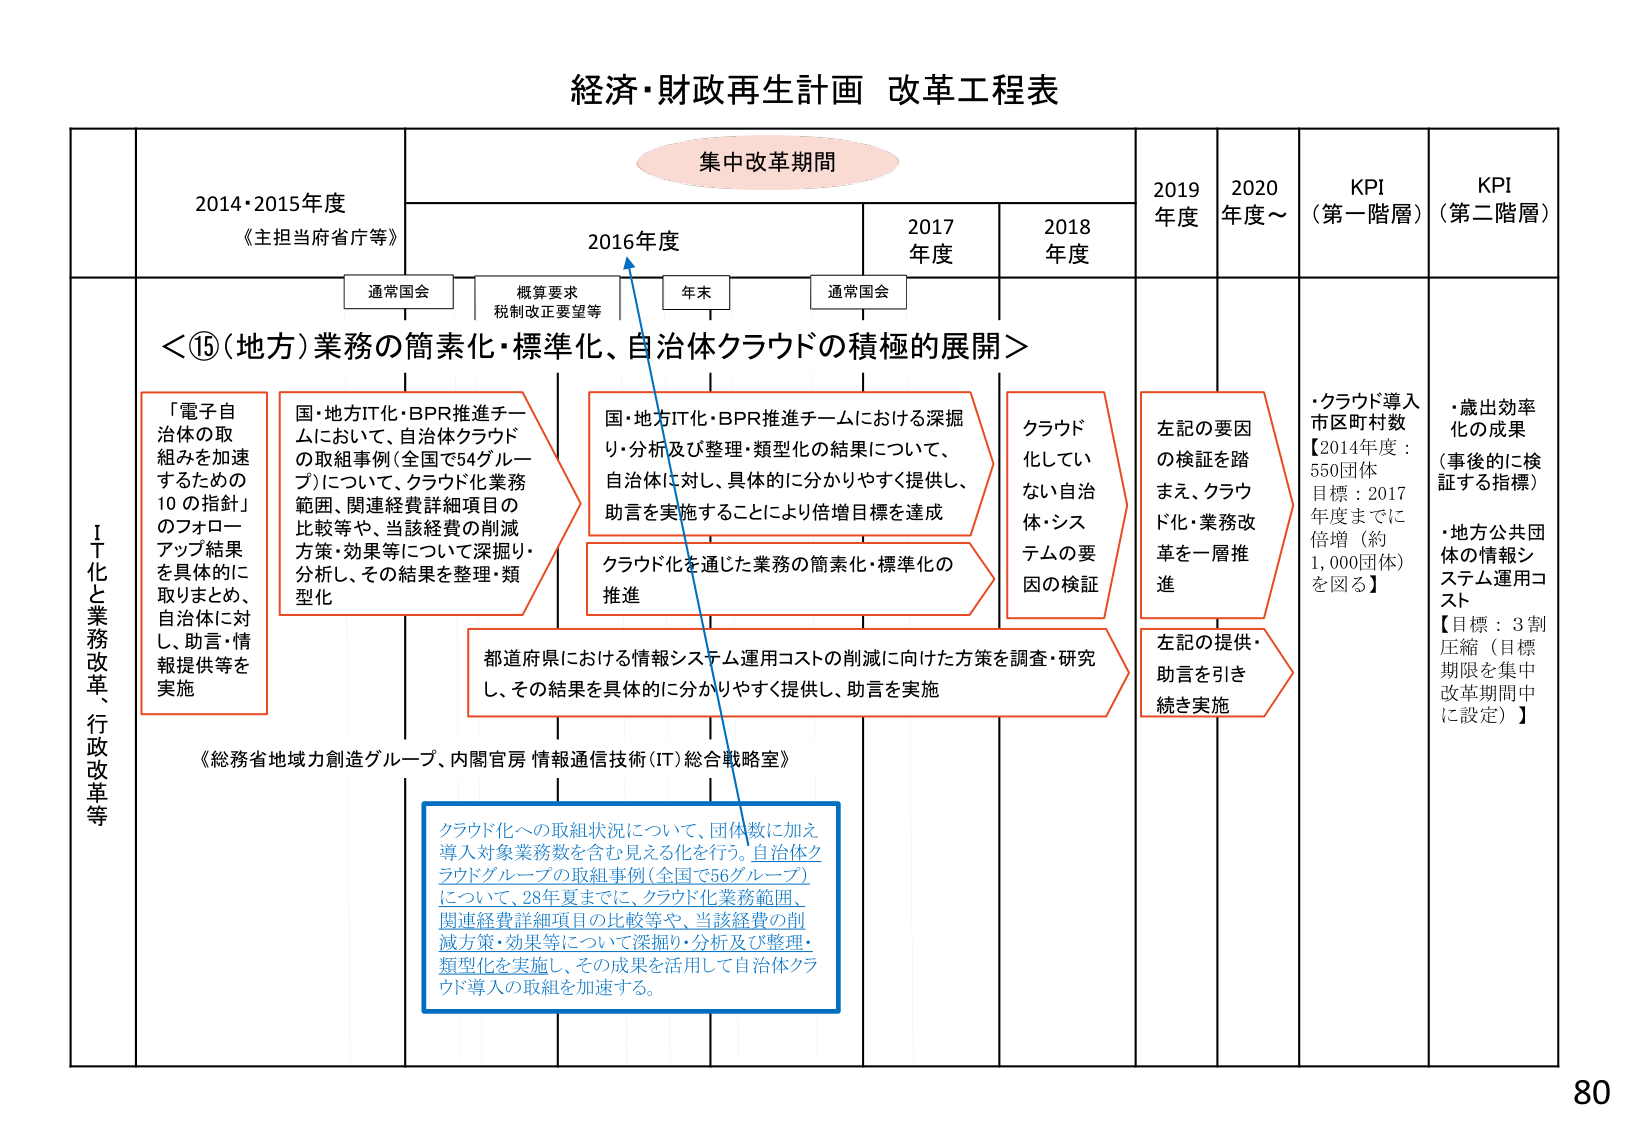
経済・財政再生計画 改革工程表

集中改革期間

2014・2015年度
《主担当府省庁等》

2016年度

2017年度

2018年度

2019年度

2020年度～

KPI（第一階層）

KPI（第二階層）

通常国会

概算要求
税制改正要望等

年末

通常国会

＜⑮（地方）業務の簡素化・標準化、自治体クラウドの積極的展開＞

「電子自治体の取組みを加速するための10の指針」のフォローアップ結果を具体的に取りまとめ、自治体に対し、助言・情報提供等を実施

国・地方IT化・BPR推進チームにおいて、自治体クラウドの取組事例（全国で54グループ）について、クラウド化業務範囲、関連経費詳細項目の比較等や、当該経費の削減方策・効果等について深掘り・分析・その結果を整理・類型化

国・地方IT化・BPR推進チームにおける深掘り・分析及び整理・類型化の結果について、自治体に対し、具体的に分かりやすく提供し、助言を実施することにより倍増目標を達成

クラウド化を通じた業務の簡素化・標準化の推進

クラウド化していない自治体・システムの要因の検証

左記の要因の検証を踏まえ、クラウド化・業務改革を一層推進

左記の提供・助言を引き続き実施

・クラウド導入市区町村数
【2014年度：550団体
目標：2017年度までに倍増（約1,000団体）を図る】

・歳出効率化の成果（事後に検証する指標）
・地方公共団体の情報システム運用コスト
【目標：3割圧縮（目標期限を集中改革期間中に設定）】

都道府県における情報システム運用コストの削減に向けた方策を調査・研究し、その結果を具体的に分かりやすく提供し、助言を実施

《総務省地域力創造グループ、内閣官房 情報通信技術（IT）総合戦略室》

クラウド化への取組状況について、団体数に加え導入対象業務数を含む見える化を行う。自治体クラウドグループの取組事例（全国で56グループ）について、28年夏までに、クラウド化業務範囲、関連経費詳細項目の比較等や、当該経費の削減方策・効果等について深掘り・分析及び整理・類型化を実施し、その成果を活用して自治体クラウド導入の取組を加速する。

IT化と業務改革、行政改革等

80